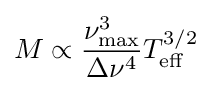
M\propto {\frac {\nu _{\mathrm {max} }^{3}}{\Delta \nu ^{4}}}T_{\mathrm {eff} }^{3/2}